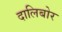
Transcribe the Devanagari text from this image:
दालिबोर